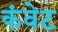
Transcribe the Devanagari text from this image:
कंवेट